Scientific memoirs by medical officers of the Army of India - Part III,
Year: 1887
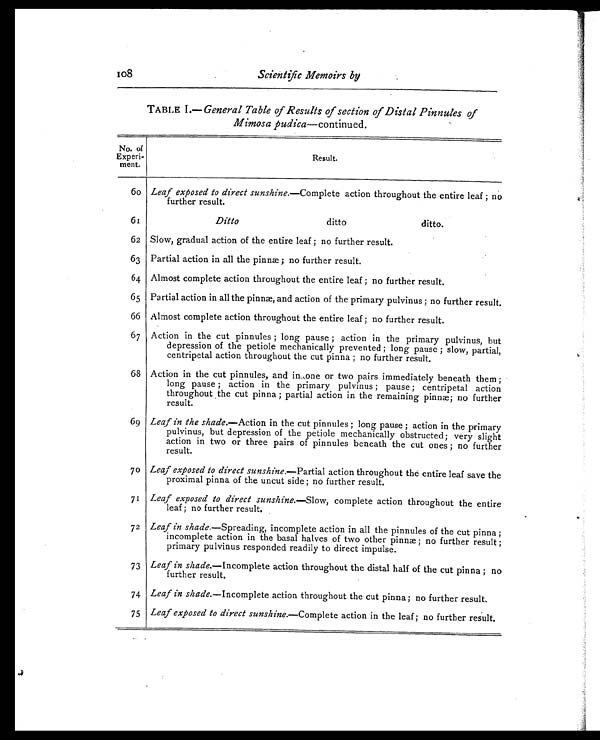
TABLE I.— General Table of Results of section of Distal Pinnules of
Mimosa pudica—continued.
No. of
Experi- ment.
Resul t.
60 Leaf exposed to direct sunshine .—Complete action throughout the entire leaf ; no
further result.
61
Ditto ditto
ditto.
62 Slow, gradual action of the entire leaf ; no further result.
63 Partial action in all the pinnæ ; no further result.
64 Almost complete action throughout the entire leaf ; no further result.
65 Partial action in all the pinnæ, and action of the primary pulvinus ; no further result.
66 Almost complete action throughout the entire leaf ; no further result.
67 Action in the cut pinnules ; long pause ; action in the primary pulvinus, but
depression of the petiole mechanically prevented ; long pause ; slow, partial,
centripetal action throughout the cut pinna ; no further result.
68 Action in the cut pinnules, and in one or two pairs immediately beneath them ;
long pause ; action in the primary pulvinus ; pause ; centripetal action
throughout the cut pinna ; partial action in the remaining pinnæ; no further
result.
69 Leaf in the shade.—Action in the cut pinnules ; long pause ; action in the primary
pulvinus, but depression of the petiole mechanically obstructed; very slight
action in two or three pairs of pinnules beneath the cut ones ; no further
result.
70 Leaf exposed to direct sunshine .—Partial action throughout the entire leaf save the
proximal pinna of the uncut side ; no further result.
71 Leaf exposed to direct sunshine.—Slow, complete action throughout the entire
leaf ; no further result.
72 Leaf in shade, — S p r e a d i n g , i n c o m p l e t e a c t i o n i n a l l t h e p i n n u l e s o f t h e c u t p i n n a ;
incomplete action in the basal halves of two other pinnæ ; no further result ;
primary pulvinus responded readily to direct impulse.
73 Leaf in shade.—Incomplete action throughout the distal half of the cut pinna ; no
further result.
74 Leaf in shade.—Incomplete action throughout the cut pinna ; no further result.
75 Leaf exposed to direct sunshine.—Complete action in the leaf ; no further result.